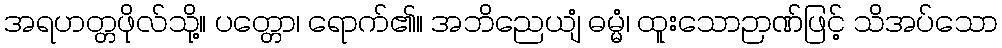
အရဟတ္တဖိုလ်သို့။ ပတ္တော၊ ရောက်၏။ အဘိညေယျံ ဓမ္မံ၊ ထူးသောဉာဏ်ဖြင့် သိအပ်သော